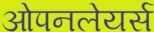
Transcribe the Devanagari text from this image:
ओपनलेयर्स